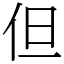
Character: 但